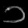
Digit: ၁